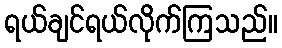
ရယ်ချင်ရယ်လိုက်ကြသည်။